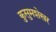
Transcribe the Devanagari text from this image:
कुसुमशेखर